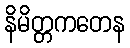
နိမိတ္တကတေန